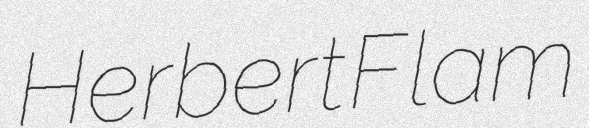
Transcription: Herbert Flam